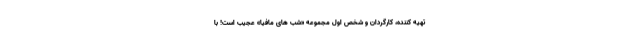
تهیه کننده، کارگردان و شخص اول مجموعه «شب های مافیا» عجیب است! با